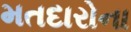
મતદારોના